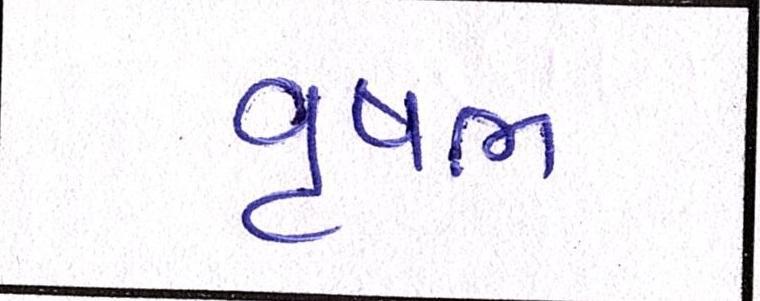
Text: વૃષભ